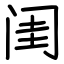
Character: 闺